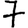
Digit: 7